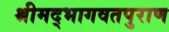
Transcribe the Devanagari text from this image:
श्रीमद्भागवतपुराण